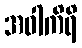
အဝါကိရိ